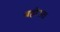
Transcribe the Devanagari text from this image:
बहोउत